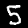
Label: 5